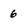
Character: 6